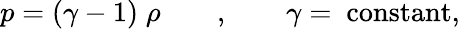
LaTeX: p=(\gamma-1)\; \rho\qquad,\qquad\gamma=\mathrm{~constant},